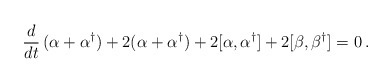
\begin{align*}\frac{d}{dt} \, (\alpha + \alpha^\dagger) + 2 (\alpha + \alpha^\dagger)+ 2 [\alpha, \alpha^\dagger] + 2[\beta,\beta^\dagger] = 0 \, .\end{align*}